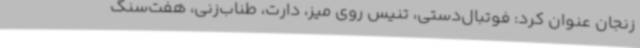
زنجان عنوان کرد: فوتبال‌دستی، تنیس روی میز، دارت، طناب‌زنی، هفت‌سنگ